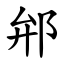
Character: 𨚕